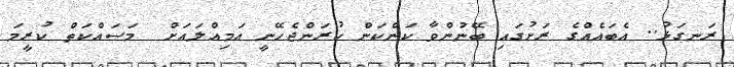
ރަނގަޅު.. އެބައެއްގެ ރަށުގައި ބޭނުންވާ ކަންކަން ކުރަންޖެހޭނީ އަމިއްލައަށް  މަސައްކަތް ކުރީމަ